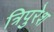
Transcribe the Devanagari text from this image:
त्रिपुरेश